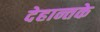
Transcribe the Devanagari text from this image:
देहान्तके